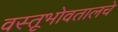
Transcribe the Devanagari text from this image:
वस्तूभोवतालचे